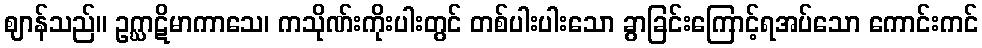
ဈာန်သည်။ ဥဂ္ဃာဋိမာကာသေ၊ ကသိုဏ်းကိုးပါးတွင် တစ်ပါးပါးသော ခွာခြင်းကြောင့်ရအပ်သော ကောင်းကင်